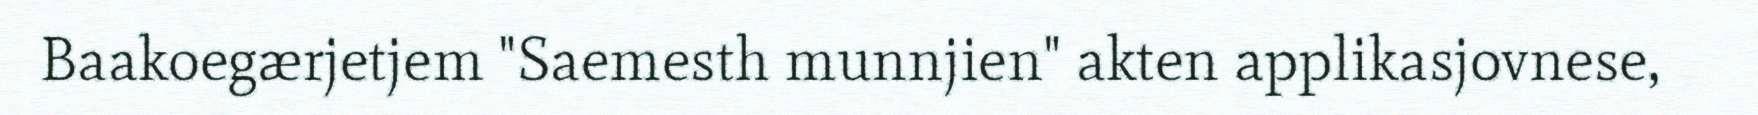
Baakoegærjetjem "Saemesth munnjien" akten applikasjovnese,